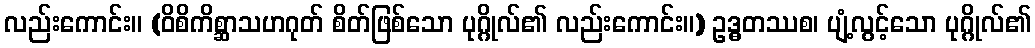
လည်းကောင်း။ (ဝိစိကိစ္ဆာသဟဂုတ် စိတ်ဖြစ်သော ပုဂ္ဂိုလ်၏ လည်းကောင်း။) ဥဒ္ဓတဿစ၊ ပျံ့လွင့်သော ပုဂ္ဂိုလ်၏